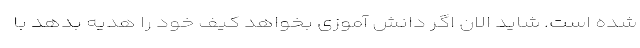
شده است. شاید الان اگر دانش آموزی بخواهد کیف خود را هدیه بدهد با